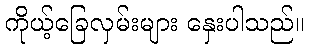
ကိုယ့်ခြေလှမ်းများ နှေးပါသည်။